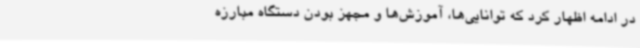
در ادامه اظهار کرد که توانایی‌ها، آموزش‌ها و مجهز بودن دستگاه مبارزه